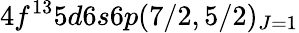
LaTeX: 4f^{13}5d6s6p(7/2,5/2)_{J=1}